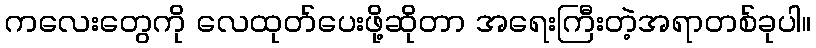
ကလေးတွေကို လေထုတ်ပေးဖို့ဆိုတာ အရေးကြီးတဲ့အရာတစ်ခုပါ။